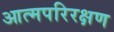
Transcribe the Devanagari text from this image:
आत्मपरिरक्षण